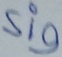
Text: Sig